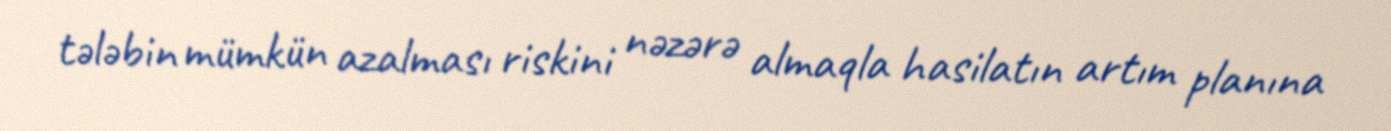
tələbin mümkün azalması riskini nəzərə almaqla hasilatın artım planına